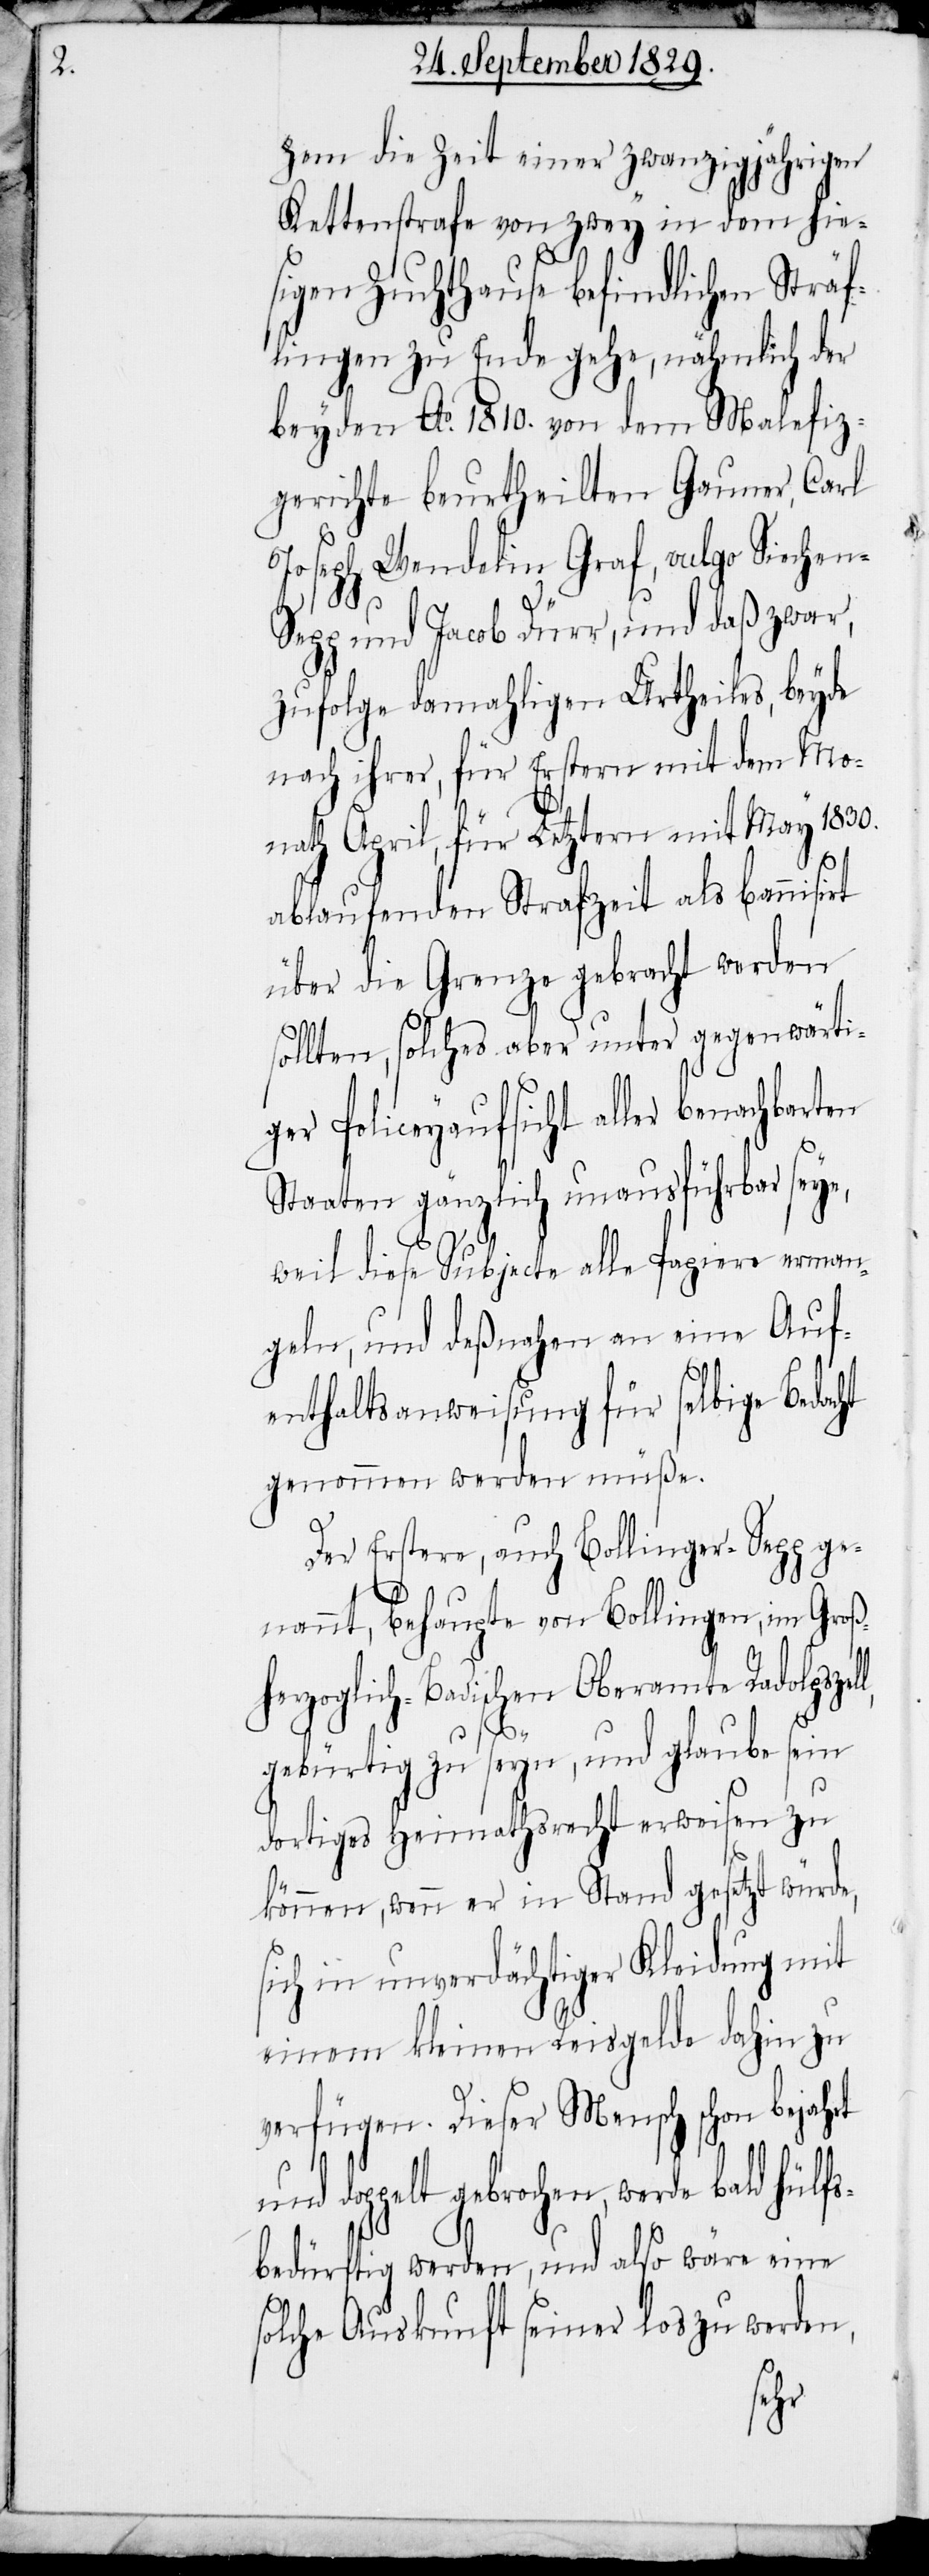
zum die Zeit einer zwanzigjährigen
Kettenstrafe von zwey in dem hie¬
sigen Zuchthause befindlichen Sträf¬
lingen zu Ende gehe, nähmlich der
beyden Ao. 1810. von dem Malefiz¬
gerichte beurtheilten Gauner, Carl
Joseph Wendelin Graf, vulgo Siechen-S¬
epp und Jacob Dürr, und daß zwar,
zufolge damahligen Urtheiles, beyde
nach ihrer, für Erstern mit dem Mo¬
nath April, für Letztern mit May 1830.
ablaufenden Strafzeit als bannisirt
über die Grenze gebracht werden
sollten, solches aber unter gegenwärti¬
ger Policeyaufsicht aller benachbarten
Staaten gänzlich unausführbar seye,
weil diese Subjecte alle Papiere erman¬
geln, und deßnahen an eine Auf¬
enthaltsanweisung für selbige Bedacht
genommen werden müße.
Der Erstere, auch Bollinger-Sepp ge¬
nannt, behaupte von Bollingen, im Groß¬
herzoglich-Badischen Oberamte Radolpszel¬
l,
gebürtig zu seyn, und glaube sein
dortiges Heimathsrecht erweisen zu
können, wenn er in Stand gesetzt würde,
sich in unverdächtiger Kleidung mit
einem kleinen Reisgelde dahin zu
verfügen. Dieser Mensch schon bejahrt
und doppelt gebrochen, werde bald Hülfs¬
bedürftig werden, und also wäre eine
solche Auskunft seiner los zu werden,